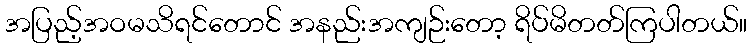
အပြည့်အဝမသိရင်တောင် အနည်းအကျဉ်းတော့ ရိပ်မိတတ်ကြပါတယ်။